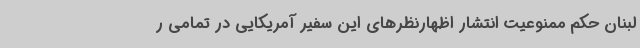
لبنان حکم ممنوعیت انتشار اظهارنظرهای این سفیر آمریکایی در تمامی ر